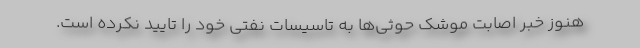
هنوز خبر اصابت موشک حوثی‌ها به تاسیسات نفتی خود را تایید نکرده است.